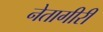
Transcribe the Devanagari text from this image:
नेतागीरी